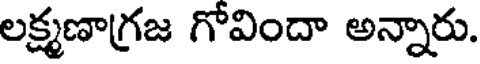
లక్ష్మణాగ్రజ గోవిందా అన్నారు.